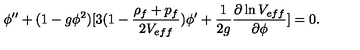
\phi ^ { \prime \prime } + ( 1 - g \phi ^ { 2 } ) [ 3 ( 1 - { \frac { \rho _ { f } + p _ { f } } { 2 V _ { e f f } } } ) \phi ^ { \prime } + { \frac { 1 } { 2 g } } { \frac { \partial \ln V _ { e f f } } { \partial \phi } } ] = 0 .